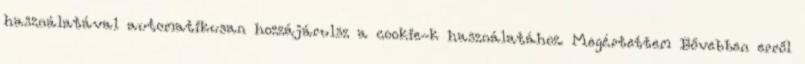
használatával automatikusan hozzájárulsz a cookie-k használatához. Megértettem Bővebben erről